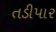
તડીપાર